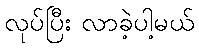
လုပ်ပြီး လာခဲ့ပါ့မယ်